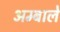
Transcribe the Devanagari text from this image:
अम्बाले